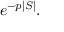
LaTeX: e ^ { - p | S | } .